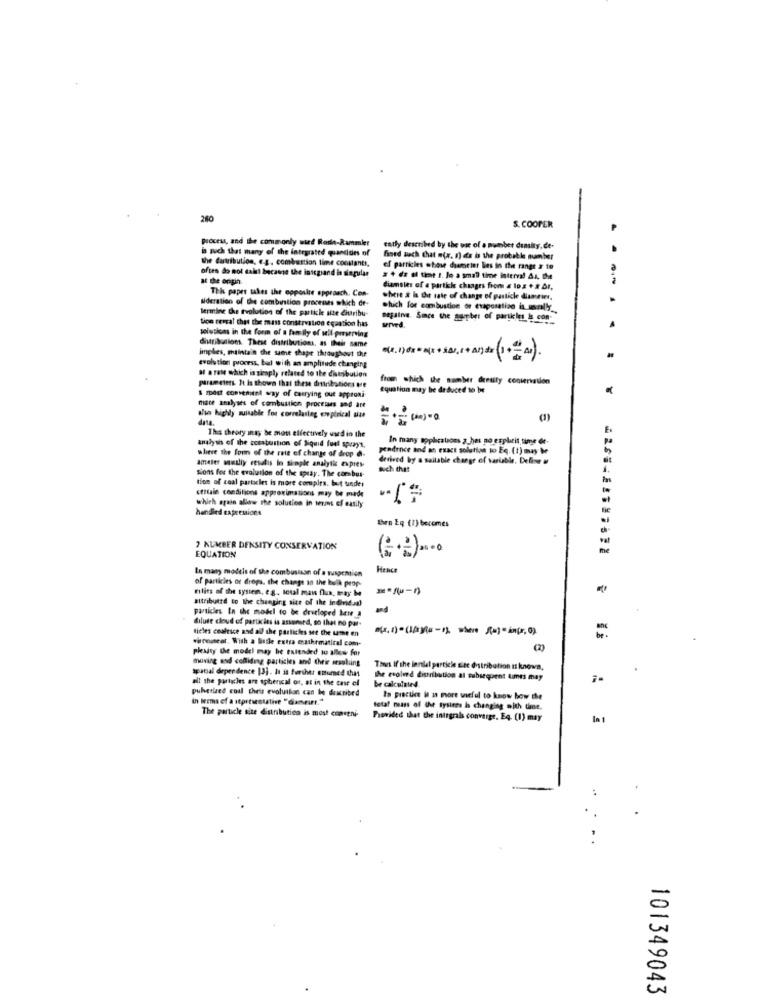
280
S. COOPER
process, and the commonly wird Rode-Rammler
is such that many of the integrated gancides of
ently described by the wie of a number density. de-
the distribution, e.g. combustion time constant !,
fined sach that ofx. 1) ds bo the probable number
often do not daist because the inscgiand is singular
of particles whose diameter lies in the range # te
at the origin
3 + da al time :. Jo a small time interval Ar. De
This paper takes the opposite approach. Con-
diameter of e partick changes from a lo x + # Dr.
sideration of the combustion processes which de-
where & la Chie rate of change of particle dameins.
termine the Evolution of the partkke size dittribu-
which for combustion or ctaposation in morally_
tion cercal that the mass conservation equation has
sejalive. Sice the guyber of partkins is con-
distribution. These distributions, as their same
solutions in the form of a family of self-perserving
implies, maintain the same shape throughout the
evolution process, but with an amplitude changing
al arate which is simply related to the distribution
from which the number dentity conservation
para riers It is shown that these distributions ore
equation may be drduced 10 be
S most convenient way of carrying out approni-
mace analyses of combustion procesus and art
wie highly suitable for correlasieg empirical uits
dans
This theory inny be mots effectively used in the
In many applications z hes no explicit time de-
analysis of the cosatuition of Siquid fuel sprays.
pendence and an exact solution to Es.(1) may be
where the form of the rate of change of drop @-
derived by a sailable change of variable. Deline
ameter susliy ccsalis in simple analytic expres
auch that
sions for the evolution of the spray. The combus-
tion of coal particles is more compirs. but uunder
ctttale conditions approximations may be made
which again allow the solution in wons of easily
handled expressions
then Eq (1) becomes
7 NUMBER DENSITY CONSERVATION
EQUATION
In many models of the combusssan of a suspemion
Henc
of particles or drops, the change in the bulk prop-
milits of the system. eg .. total man flux, may be
attributed to the changing site of the Individual
particles In the model to be developed bene_a
and
dilute cloud of particles is assunsrd, so that no por-
tieles cooltice and all the particles see the same en
whenaseat. With a Sutle extra mathematical com-
pleaity the model may be extended to allow for
(2)
moving and colliding particles and their arsoliing
special dependence [3]. It is further ensured that
Thus If the lanlal particie sine distribution nt knowa.
all the partyles ara spherical of, at in the case of
the evolved distribution at subsequent times may
be calculated
puberused coal theis evolution can be described
in terms of a stprtiststine "Gameurr."
In practice in a more useful to know how the
letat nsass of the sysires is changing with time.
The particle size distribution is most convene
Provided that the integral converge. Eq. (1) may
In 1
..
101349043